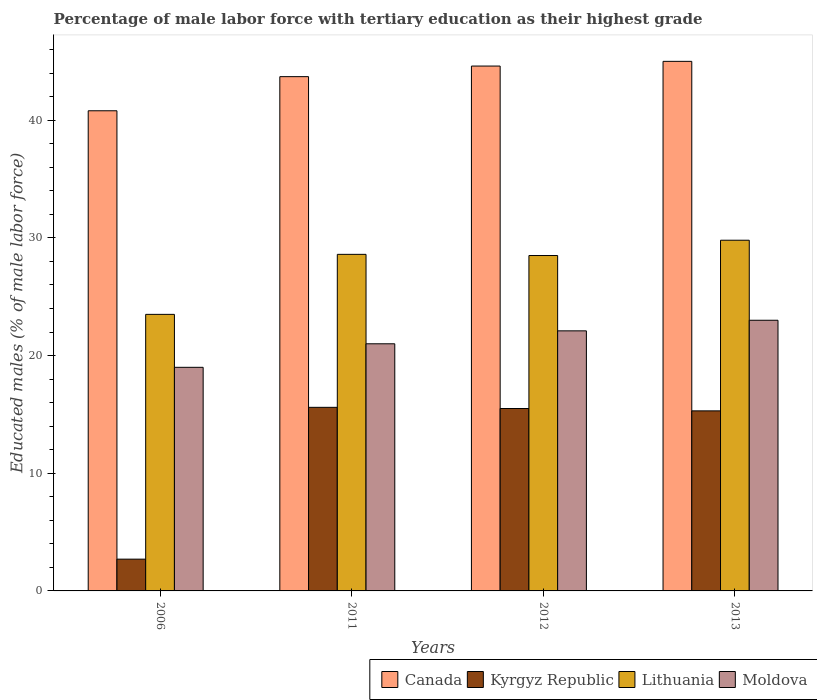
| Years | Canada | Kyrgyz Republic | Lithuania | Moldova |
 | --- | --- | --- | --- | --- |
 | 2006 | 40.8 | 2.7 | 23.5 | 19 |
 | 2011 | 43.7 | 15.6 | 28.6 | 21 |
 | 2012 | 44.6 | 15.5 | 28.5 | 22.1 |
 | 2013 | 45 | 15.3 | 29.8 | 23 |